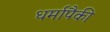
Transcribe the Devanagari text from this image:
धर्मापैकी